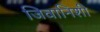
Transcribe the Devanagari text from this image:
जिवानिशी